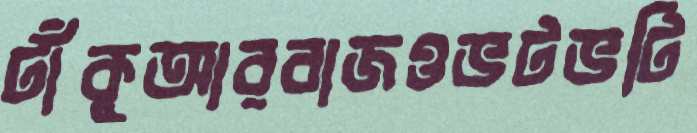
টাঁকুআরবাজওভটভটি